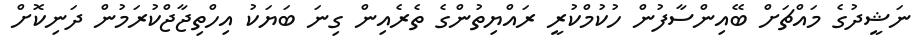
ނަޝީދުގެ މައްޗަށް ބޭއިންސާފުން ހުކުމްކުރީ ރައްޔިތުންގެ ތެރެއިން ގިނަ ބަޔަކު އިހްތިޖާޖްކުރަމުން ދަނިކޮށް